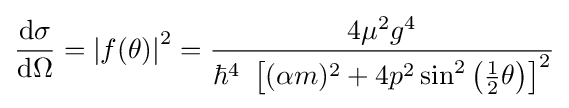
{\frac {\mathrm {d} \sigma }{\mathrm {d} \Omega }}=\left|f(\theta )\right|^{2}={\frac {4\mu ^{2}g^{4}}{\hbar ^{4}\ \left[(\alpha m)^{2}+4p^{2}\sin ^{2}\left({\frac {1}{2}}\theta \right)\right]^{2}}}